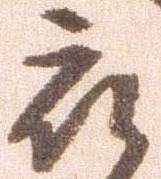
被